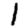
Digit: 1